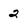
Character: 2